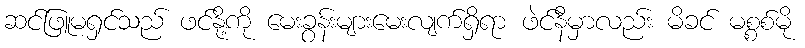
ဆင်ဖြူမရှင်သည် ဖင်နို့ကို မေးခွန်းများမေးလျက်ရှိရာ ဖဲင်နီမှာလည်း မိခင် မစ္စစ်မို